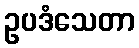
ဥပဒံသေတာ